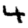
Digit: 4